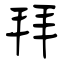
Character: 拜